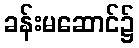
ခန်းမဆောင်၌